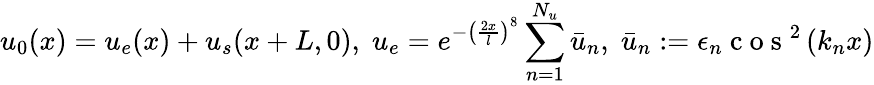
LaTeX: u_{0}(x)={u}_{e}(x)+u_{s}(x+L,0),\; u_{e}=e^{-\left(\frac{2x}{l}\right)^{8}}\sum_{n=1}^{N_{u}}\bar{u}_{n},\; \bar{u}_{n}:=\epsilon_{n}\mathrm{~c~o~s~}^{2}\left(k_{n}x\right)